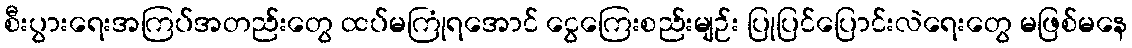
စီးပွားရေးအကြပ်အတည်းတွေ ထပ်မကြုံရအောင် ငွေကြေးစည်းမျဉ်း ပြုပြင်ပြောင်းလဲရေးတွေ မဖြစ်မနေ